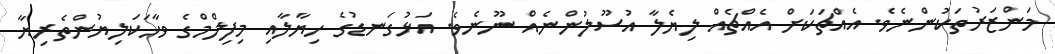
މަންޒަރުތަކުންނެވެ. އެއްޗަކަށް އެއްޗެއް ލިޔެލާ އުސޫލުންނެއް ނޫނެވެ. އަޅުގަނޑުގެ ހިޔާލާއި މިފިލްމްގެ ވާހަކަލިޔުންތެރިޔާ